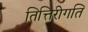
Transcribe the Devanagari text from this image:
तित्तिरीगति